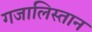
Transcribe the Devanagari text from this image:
गजालिस्तान